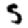
Digit: 5